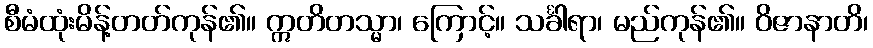
စီမံထုံးမိန့်တတ်ကုန်၏။ ဣတိတသ္မာ၊ ကြောင့်။ သင်္ခါရာ၊ မည်ကုန်၏။ ဝိဇာနာတိ၊